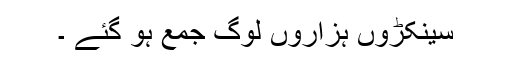
سینکڑوں ہزاروں لوگ جمع ہو گئے ۔